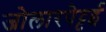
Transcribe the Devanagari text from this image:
जोलारपेट्टई